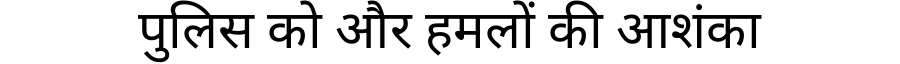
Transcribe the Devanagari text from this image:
पुलिस को और हमलों की आशंका